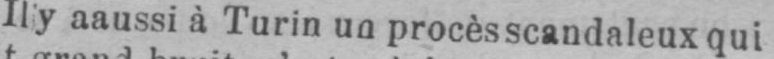
Il y a aussi à Turin un procès scandaleux qui